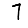
Digit: 7